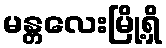
မန္တလေးမြို့ရှိ